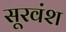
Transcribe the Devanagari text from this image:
सूरवंश